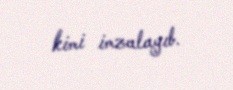
kimi imzalayıb.